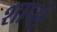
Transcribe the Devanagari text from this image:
शाप्लें